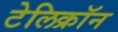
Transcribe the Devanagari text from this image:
टेलिक्रॉन